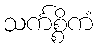
သင်္ကစ္စိကံ